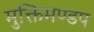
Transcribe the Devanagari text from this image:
मुक्तिमण्डप